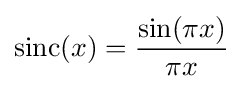
{\textrm {sinc}}(x)={\frac {\sin(\pi x)}{\pi x}}